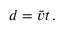
d = { \boldsymbol { \bar { v } } } t \, .